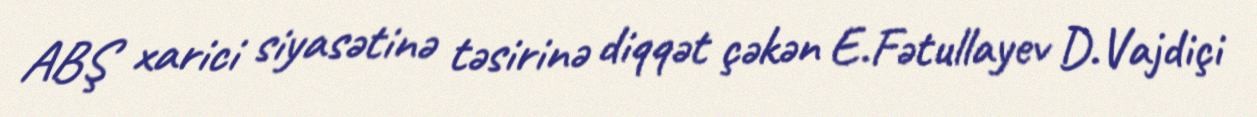
ABŞ xarici siyasətinə təsirinə diqqət çəkən E.Fətullayev D.Vajdiçi